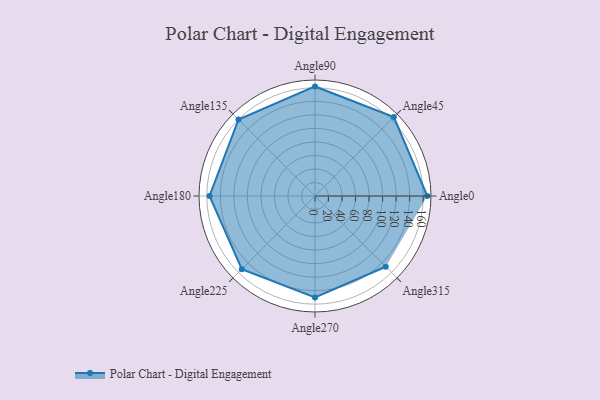
{"axis": {"x": "Angle", "y": "Radius"}, "legend": [""], "data": [{"x": "Angle0", "y": 166.0, "type": ""}, {"x": "Angle45", "y": 165.0, "type": ""}, {"x": "Angle90", "y": 162.0, "type": ""}, {"x": "Angle135", "y": 160.0, "type": ""}, {"x": "Angle180", "y": 156.0, "type": ""}, {"x": "Angle225", "y": 153.0, "type": ""}, {"x": "Angle270", "y": 150.0, "type": ""}, {"x": "Angle315", "y": 148.0, "type": ""}]}